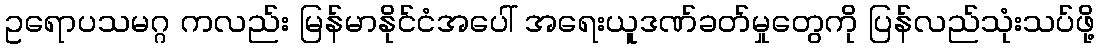
ဥရောပသမဂ္ဂ ကလည်း မြန်မာနိုင်ငံအပေါ် အရေးယူဒဏ်ခတ်မှုတွေကို ပြန်လည်သုံးသပ်ဖို့